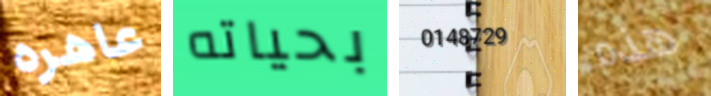
عاهره بحياته 0148729 هذه